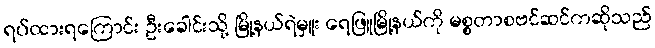
ရပ်ထားရကြောင်း ဦးခေါင်းသို့ မြို့နယ်ရဲမှူး ရေဖြူမြို့နယ်ကို မစ္စတာစဗင်ဆင်ကဆိုသည်